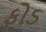
ફોડ